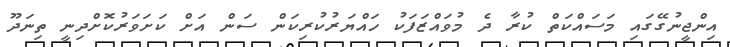
އިންޖީނުގޭގައި މަސައްކަތް ކުރާ ދެ މުވައްޒަފަކު ހައްޔަރުކުރިކަން ސަން އަށް ކަށަވަރުކޮށްދިނީ ތިނަދޫ